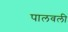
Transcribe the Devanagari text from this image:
पालवली